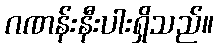
ဂဏန်းနီးပါးရှိသည်။